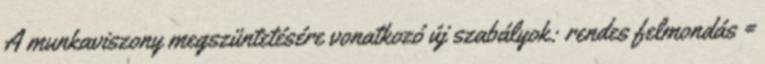
A munkaviszony megszüntetésére vonatkozó új szabályok: rendes felmondás =